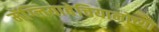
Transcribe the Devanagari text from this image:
मॅग्लियाबेचियानोच्या